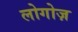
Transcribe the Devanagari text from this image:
लोगोज़